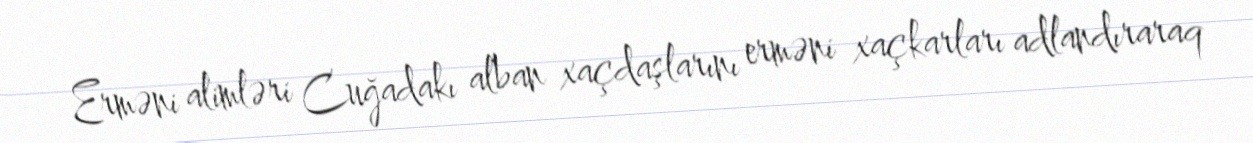
Erməni alimləri Cuğadakı alban xaçdaşlarını erməni xaçkarları adlandıraraq